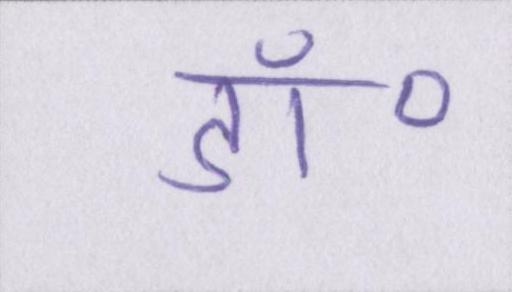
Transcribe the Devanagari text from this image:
डॉ॰